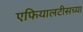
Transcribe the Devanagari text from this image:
एफियालटीसच्या